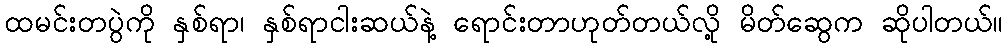
ထမင်းတပွဲကို နှစ်ရာ၊ နှစ်ရာငါးဆယ်နဲ့ ရောင်းတာဟုတ်တယ်လို့ မိတ်ဆွေက ဆိုပါတယ်။